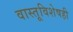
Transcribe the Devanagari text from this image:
वास्तूविशेषही